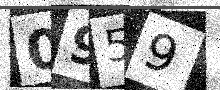
Text: 0959